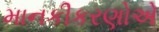
માનકીકરણોએ